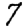
Digit: 7